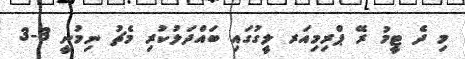
މި ދެ ޓީމު ރޭ ޕްރިމިއަރ ލީގުގައި ބައްދަލުކުރި މެޗު ނިމުނީ 3-3